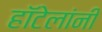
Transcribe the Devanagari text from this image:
हॉटेलांनी